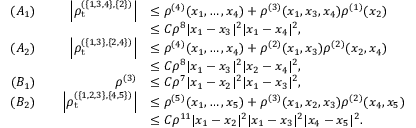
\begin{array} { r l r l } { ( A _ { 1 } ) } & { } & { \left\vert \rho _ { \mathrm { t } } ^ { ( \{ 1 , 3 , 4 \} , \{ 2 \} ) } \right\vert } & { \leq \rho ^ { ( 4 ) } ( x _ { 1 } , \ldots , x _ { 4 } ) + \rho ^ { ( 3 ) } ( x _ { 1 } , x _ { 3 } , x _ { 4 } ) \rho ^ { ( 1 ) } ( x _ { 2 } ) } \\ & { } & & { \leq C \rho ^ { 8 } | x _ { 1 } - x _ { 3 } | ^ { 2 } | x _ { 1 } - x _ { 4 } | ^ { 2 } , } \\ { ( A _ { 2 } ) } & { } & { \left\vert \rho _ { \mathrm { t } } ^ { ( \{ 1 , 3 \} , \{ 2 , 4 \} ) } \right\vert } & { \leq \rho ^ { ( 4 ) } ( x _ { 1 } , \ldots , x _ { 4 } ) + \rho ^ { ( 2 ) } ( x _ { 1 } , x _ { 3 } ) \rho ^ { ( 2 ) } ( x _ { 2 } , x _ { 4 } ) } \\ & { } & & { \leq C \rho ^ { 8 } | x _ { 1 } - x _ { 3 } | ^ { 2 } | x _ { 2 } - x _ { 4 } | ^ { 2 } , } \\ { ( B _ { 1 } ) } & { } & { \rho ^ { ( 3 ) } } & { \leq C \rho ^ { 7 } | x _ { 1 } - x _ { 2 } | ^ { 2 } | x _ { 1 } - x _ { 3 } | ^ { 2 } , } \\ { ( B _ { 2 } ) } & { } & { \left\vert \rho _ { \mathrm { t } } ^ { ( \{ 1 , 2 , 3 \} , \{ 4 , 5 \} ) } \right\vert } & { \leq \rho ^ { ( 5 ) } ( x _ { 1 } , \ldots , x _ { 5 } ) + \rho ^ { ( 3 ) } ( x _ { 1 } , x _ { 2 } , x _ { 3 } ) \rho ^ { ( 2 ) } ( x _ { 4 } , x _ { 5 } ) } \\ & { } & & { \leq C \rho ^ { 1 1 } | x _ { 1 } - x _ { 2 } | ^ { 2 } | x _ { 1 } - x _ { 3 } | ^ { 2 } | x _ { 4 } - x _ { 5 } | ^ { 2 } . } \end{array}